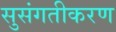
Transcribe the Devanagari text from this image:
सुसंगतीकरण